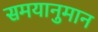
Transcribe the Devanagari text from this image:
समयानुमान